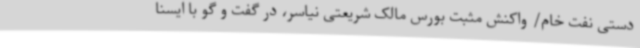
دستی نفت خام/ واکنش مثبت بورس مالک شریعتی نیاسر، در گفت و گو با ایسنا